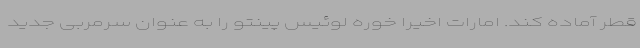
قطر آماده کند. امارات اخیرا خوره لوئیس پینتو را به عنوان سرمربی جدید